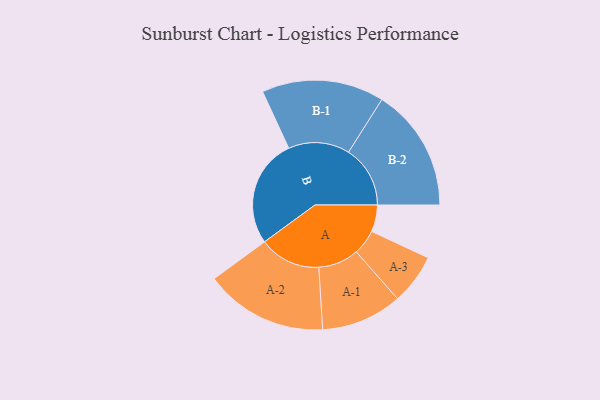
{"axis": {"x": "Segment", "y": "Value"}, "legend": ["", "A", "B"], "data": [{"x": "A", "y": 111, "type": ""}, {"x": "B", "y": 450, "type": ""}, {"x": "A-1", "y": 168, "type": "A"}, {"x": "A-2", "y": 255, "type": "A"}, {"x": "A-3", "y": 105, "type": "A"}, {"x": "B-1", "y": 254, "type": "B"}, {"x": "B-2", "y": 256, "type": "B"}]}